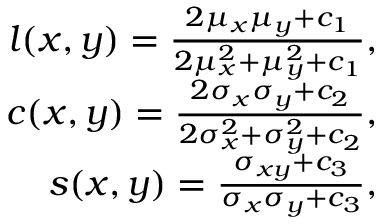
\begin{array} { r } { l ( x , y ) = \frac { 2 \mu _ { x } \mu _ { y } + c _ { 1 } } { 2 \mu _ { x } ^ { 2 } + \mu _ { y } ^ { 2 } + c _ { 1 } } , } \\ { c ( x , y ) = \frac { 2 \sigma _ { x } \sigma _ { y } + c _ { 2 } } { 2 \sigma _ { x } ^ { 2 } + \sigma _ { y } ^ { 2 } + c _ { 2 } } , } \\ { s ( x , y ) = \frac { \sigma _ { x y } + c _ { 3 } } { \sigma _ { x } \sigma _ { y } + c _ { 3 } } , } \end{array}